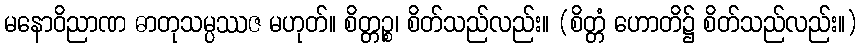
မနောဝိညာဏ ဓာတုသမ္ပဿဇ မဟုတ်။ စိတ္တဉ္စ၊ စိတ်သည်လည်း။ (စိတ္တံ ဟောတိ၌ စိတ်သည်လည်း။)